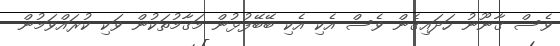
ވެސް ގާނޫނު ހަދައިގެން ވެސް އެކި އެކި ބޭބޭފުޅުން މަގާމުތަކުން ވަކި ކުރައްވަމުން